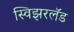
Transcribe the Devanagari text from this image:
स्विझरलॅड